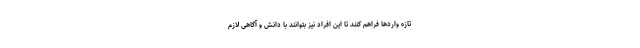
تازه واردها فراهم کنند تا این افراد نیز بتوانند با دانش و آگاهی لازم